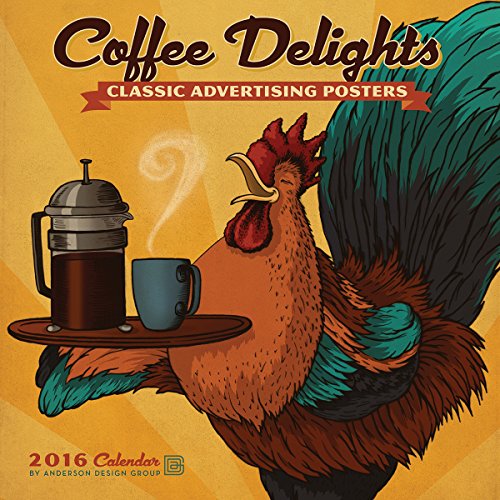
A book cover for Coffee Delights 2016 Wall Calendar; Anderson Design Group; Cookbooks, Food & Wine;